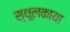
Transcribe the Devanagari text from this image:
स्थूलकाया